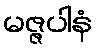
မဇ္ဇပါနံ